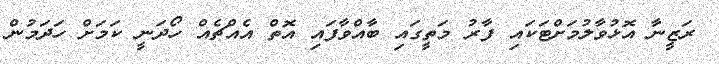
ރަޒީނާ އޮޅުވާލުމަށްޓަކައި ފާރު މަތީގައި ބާއްވާފައި އޮތް އެއްޗެއް ހޯދަނީ ކަމަށް ހަދަމުން